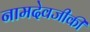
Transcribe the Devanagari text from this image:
नामदेवजीकी